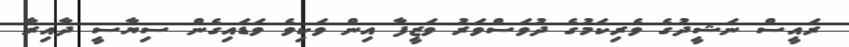
ރައީސް ނަޝީދުގެ ވެރިކަމުގެ ދުވަސްވަރު ވަޒީފާ އިން ވަކިވެ ވަޑައިގެން ސިޔާސީ ދާއިރާ